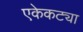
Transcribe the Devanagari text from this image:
एकेकट्या